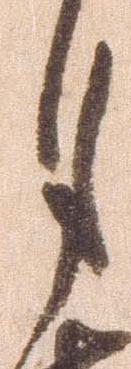
月